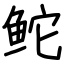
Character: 𬶍